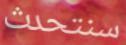
سنتحدث